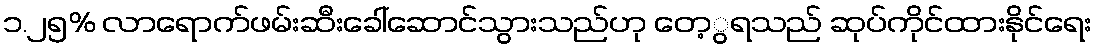
၁.၂၅% လာရောက်ဖမ်းဆီးခေါ်ဆောင်သွားသည်ဟု တေ့ွရသည် ဆုပ်ကိုင်ထားနိုင်ရေး